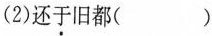
(2)还于旧都( )